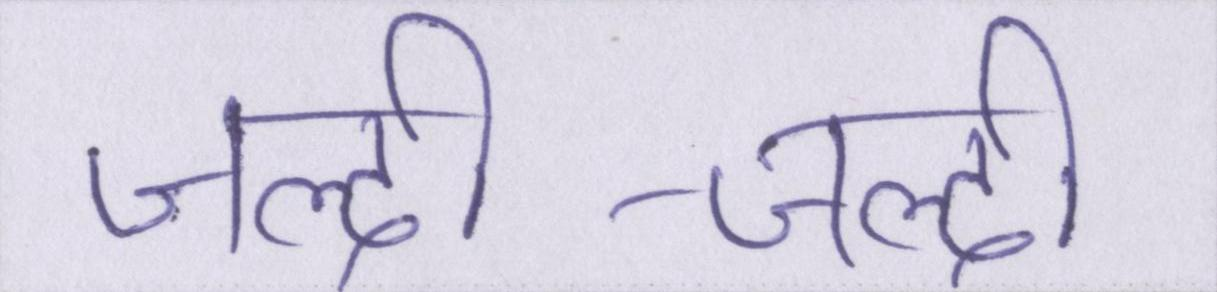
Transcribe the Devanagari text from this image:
जल्दी-जल्दी